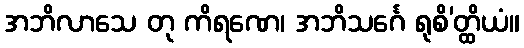
အဘိလာသေ တု ကိရဏေ၊ အဘိသင်္ဂေ ရုစိ’တ္ထိယံ။